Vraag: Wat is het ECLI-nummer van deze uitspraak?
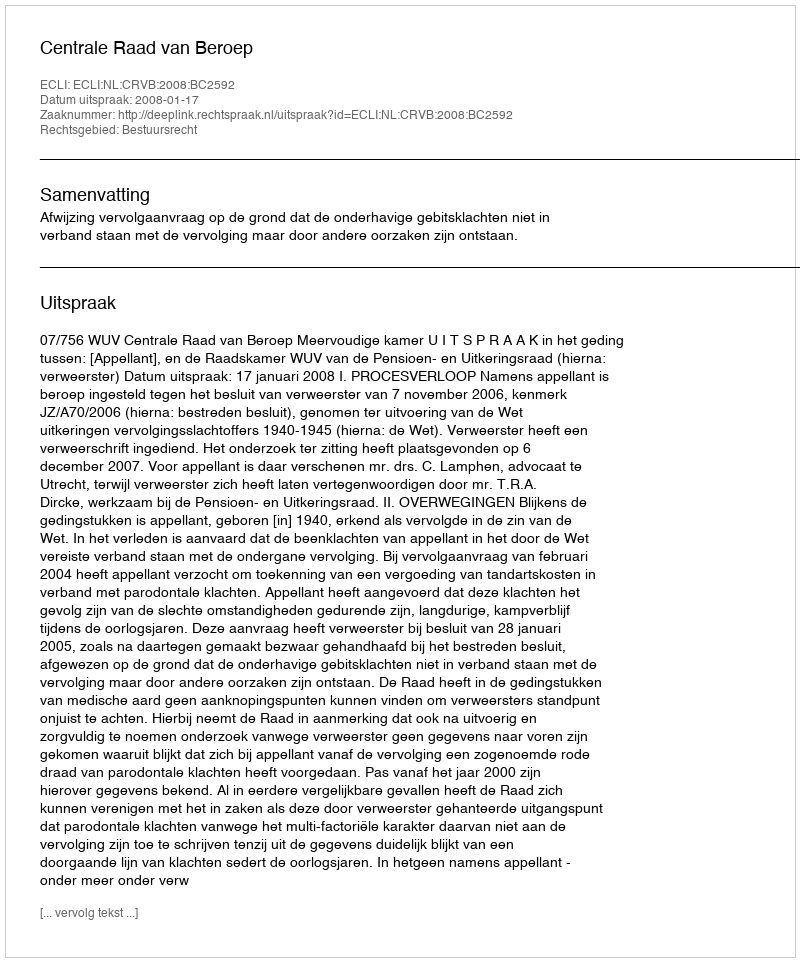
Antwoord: ECLI:NL:CRVB:2008:BC2592